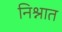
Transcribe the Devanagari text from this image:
निश्नात